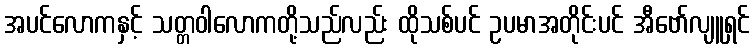
အပင်လောကနှင့် သတ္တဝါလောကတို့သည်လည်း ထိုသစ်ပင် ဥပမာအတိုင်းပင် အီဗော်လျူရှင်